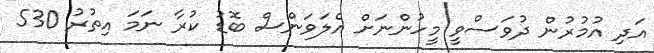
އަދި އުމުރުން ދުވަސްވީ މީހުންނަށް އެލަވަންސް ބޮޑު ކުރާ ނަމަ އިތުރު 530